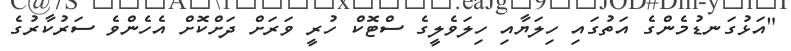
"އަޅުގަނޑުމެންގެ އަތުގައި ހިލަޔާއި ހިލަވެލީގެ ސްޓޮކް ހުރީ ވަރަށް ދަށްކޮށް އެހެންވެ ސަރުކާރުގެ